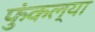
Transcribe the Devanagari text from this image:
फुंकल्या